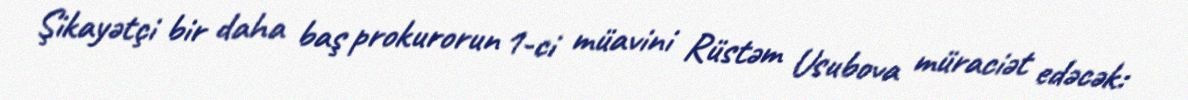
Şikayətçi bir daha baş prokurorun 1-ci müavini Rüstəm Usubova müraciət edəcək: